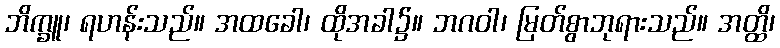
ဘိက္ခူ၊ ရဟန်းသည်။ အထခေါ၊ ထိုအခါ၌။ ဘဂဝါ၊ မြတ်စွာဘုရားသည်။ အတ္ထိ၊